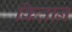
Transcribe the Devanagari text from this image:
कितान